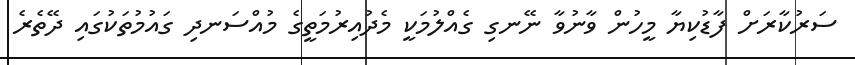
ސަރުކާރަށް ފާޑުކިޔާ މީހުން ވާނުވާ ނޭނގި ގެއްލުމަކީ މެދުއިރުމަތީގެ މުއްސަނދި ގައުމުތަކުގައި ދޭތެރެ